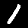
Label: 1